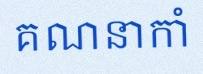
គណនាកាំ